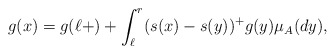
\begin{align*}g(x)=g(\ell+)+ \int_{\ell}^r (s(x)-s(y))^+ g(y)\mu_A(dy),\end{align*}